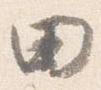
田